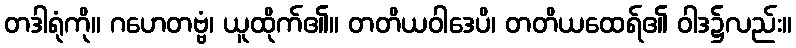
တဒါရုံကို။ ဂဟေတဗ္ဗံ၊ ယူထိုက်၏။ တတိယဝါဒေပိ၊ တတိယထေရ်၏ ဝါဒ၌လည်း။